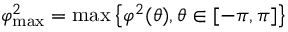
\varphi _ { \mathrm { m a x } } ^ { 2 } = \mathrm { m a x } \left\{ \varphi ^ { 2 } ( \theta ) , \theta \in [ - \pi , \pi ] \right\}